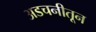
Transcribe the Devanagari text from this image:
अडचनीतून